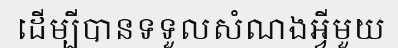
ដើម្បីបានទទួលសំណងអ្វីមួយ